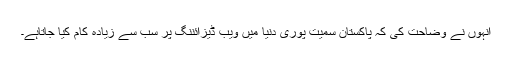
انہوں نے وضاحت کی کہ پاکستان سمیت پوری دنیا میں ویب ڈیزائننگ پر سب سے زیادہ کام کیا جاتاہے۔